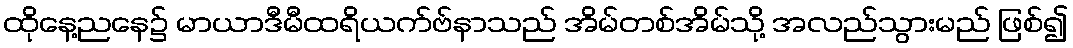
ထိုနေ့ညနေ၌ မာယာဒီမီထရိယက်ဗ်နာသည် အိမ်တစ်အိမ်သို့ အလည်သွားမည် ဖြစ်၍